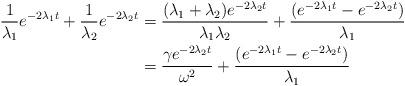
LaTeX: \begin{align*}\frac{1}{\lambda_1}e^{-2\lambda_1 t}+\frac{1}{\lambda_2}e^{-2\lambda_2 t}&=\frac{(\lambda_1+\lambda_2)e^{-2\lambda_2 t}}{\lambda_1 \lambda_2}+\frac{(e^{-2\lambda_1 t}-e^{-2\lambda_2 t})}{\lambda_1}\\&=\frac{\gamma e^{-2\lambda_2 t}}{\omega^2}+\frac{(e^{-2\lambda_1 t}-e^{-2\lambda_2t})}{\lambda_1}\end{align*}